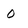
Character: 0